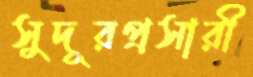
সুদূরপ্রসারী